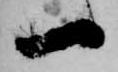
一